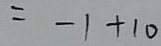
= - 1 + 1 0